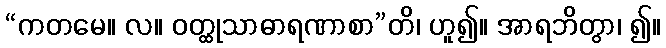
“ကတမေ။ လ။ ဝတ္ထုသာဓာရဏာစာ”တိ၊ ဟူ၍။ အာရဘိတွာ၊ ၍။